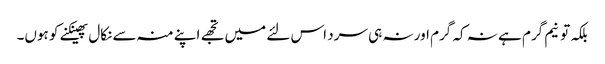
بلکہ تو نیم گرم ہے نہ کہ گرم اور نہ ہی سرد اس لئے میں تجھے اپنے منہ سے نکال پھینکنے کو ہوں۔